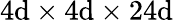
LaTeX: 4\mathrm{d}\times4\mathrm{d}\times24\mathrm{d}